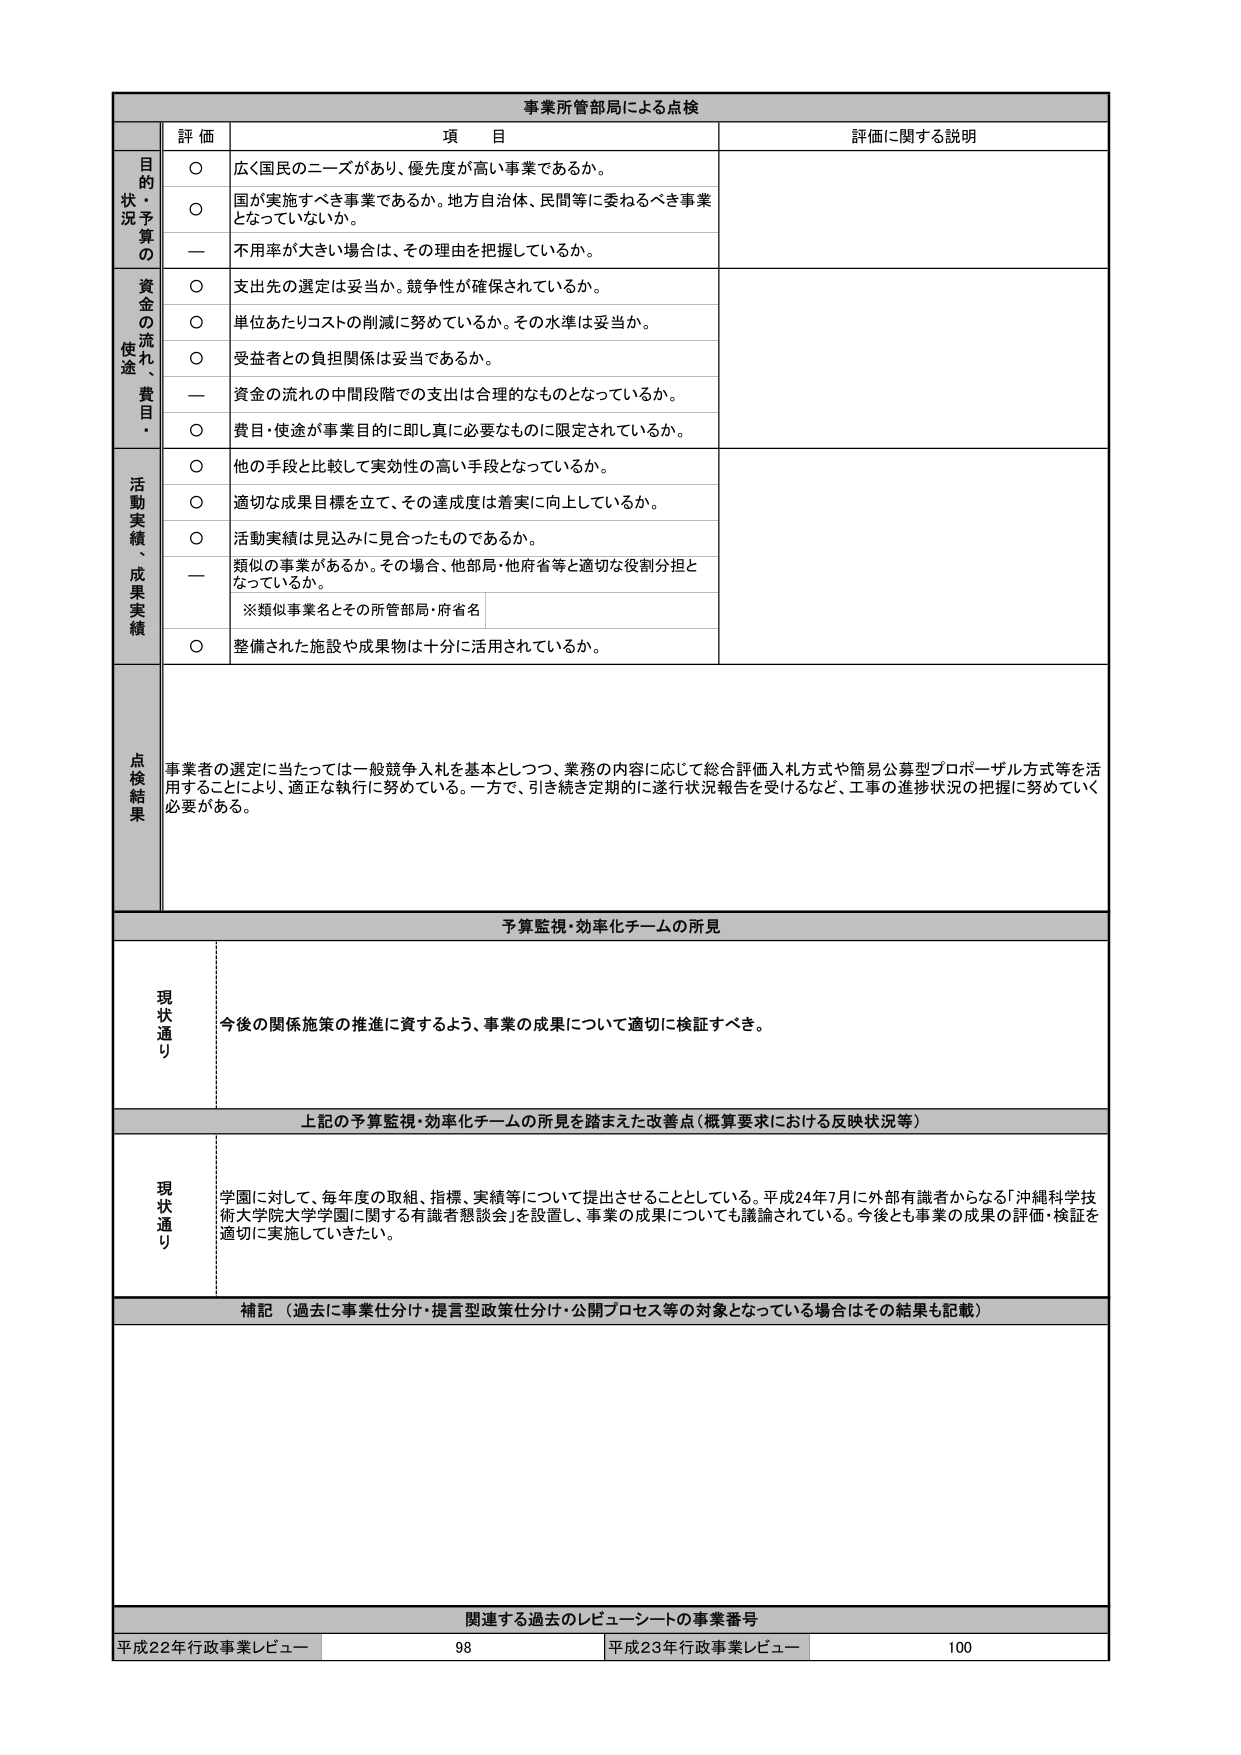
事業所管部局による点検

評価 項目 評価に関する説明

目的状況予算の
○ 広く国民のニーズがあり、優先度が高い事業であるか。
○ 国が実施すべき事業であるか。地方自治体、民間等に委ねるべき事業となっていないか。
ー 不用率が大きい場合は、その理由を把握しているか。

資金の流れ、使途・費目・
○ 支出先の選定は妥当か。競争性が確保されているか。
○ 単位あたりコストの削減に努めているか。その水準は妥当か。
○ 受益者との負担関係は妥当であるか。
ー 資金の流れの中間段階での支出は合理的なものとなっているか。
○ 費目・使途が事業目的に即し真に必要なものに限定されているか。

活動実績、成果実績
○ 他の手段と比較して実効性の高い手段となっているか。
○ 適切な成果目標を立て、その達成度は着実に向上しているか。
○ 活動実績は見込みに見合ったものであるか。
ー 類似の事業があるか。その場合、他部局・他府省等と適切な役割分担となっているか。
※類似事業名とその所管部局・府省名
○ 整備された施設や成果物は十分に活用されているか。

点検結果
事業者の選定に当たっては一般競争入札を基本としつつ、業務の内容に応じて総合評価入札方式や簡易公募型プロポーザル方式等を活用することにより、適正な執行に努めている。一方で、引き続き定期的に遂行状況報告を受けるなど、工事の進捗状況の把握に努めていく必要がある。

予算監視・効率化チームの所見

現状通り
今後の関係施策の推進に資するよう、事業の成果について適切に検証すべき。

上記の予算監視・効率化チームの所見を踏まえた改善点（概算要求における反映状況等）

現状通り
学園に対して、毎年度の取組、指標、実績等について提出させることとしている。平成24年7月に外部有識者からなる「沖縄科学技術大学院大学学園に関する有識者懇談会」を設置し、事業の成果についても議論されている。今後とも事業の成果の評価・検証を適切に実施していきたい。

補記（過去に事業仕分け・提言型政策仕分け・公開プロセス等の対象となっている場合はその結果も記載）

関連する過去のレビュー・シートの事業番号
平成22年行政事業レビュー 98 平成23年行政事業レビュー 100